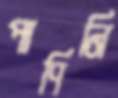
পাণিনি